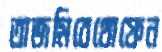
তাজমিবেথোফেন